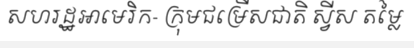
សហរដ្ឋអាមេរិក- ក្រុមជម្រើសជាតិ ស្វីស តម្លៃ